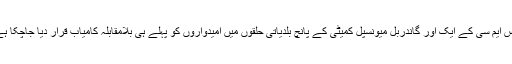
ایس ایم سی کے ایک اور گاندربل میونسپل کمیٹی کے پانچ بلدیاتی حلقوں میں امیدواروں کو پہلے ہی بلامقابلہ کامیاب قرار دیا جاچکا ہے۔